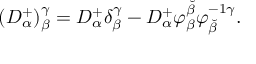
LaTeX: ( { \cal D } _ { \alpha } ^ { + } ) _ { \beta } ^ { \gamma } = D _ { \alpha } ^ { + } \delta _ { \beta } ^ { \gamma } - D _ { \alpha } ^ { + } \varphi _ { \beta } ^ { \breve { \beta } } \varphi _ { \breve { \beta } } ^ { - 1 \gamma } .